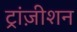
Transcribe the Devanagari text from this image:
ट्रांज़ीशन